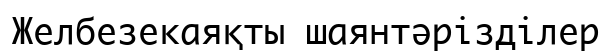
Желбезекаяқты шаянтәрізділер